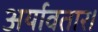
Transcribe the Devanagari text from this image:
अर्यावतार।